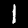
Label: 1